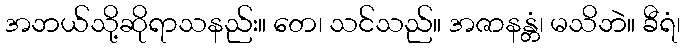
အဘယ်သို့ဆိုရာသနည်း။ တေ၊ သင်သည်။ အဇာနန္တံ၊ မသိဘဲ။ ခီရံ၊